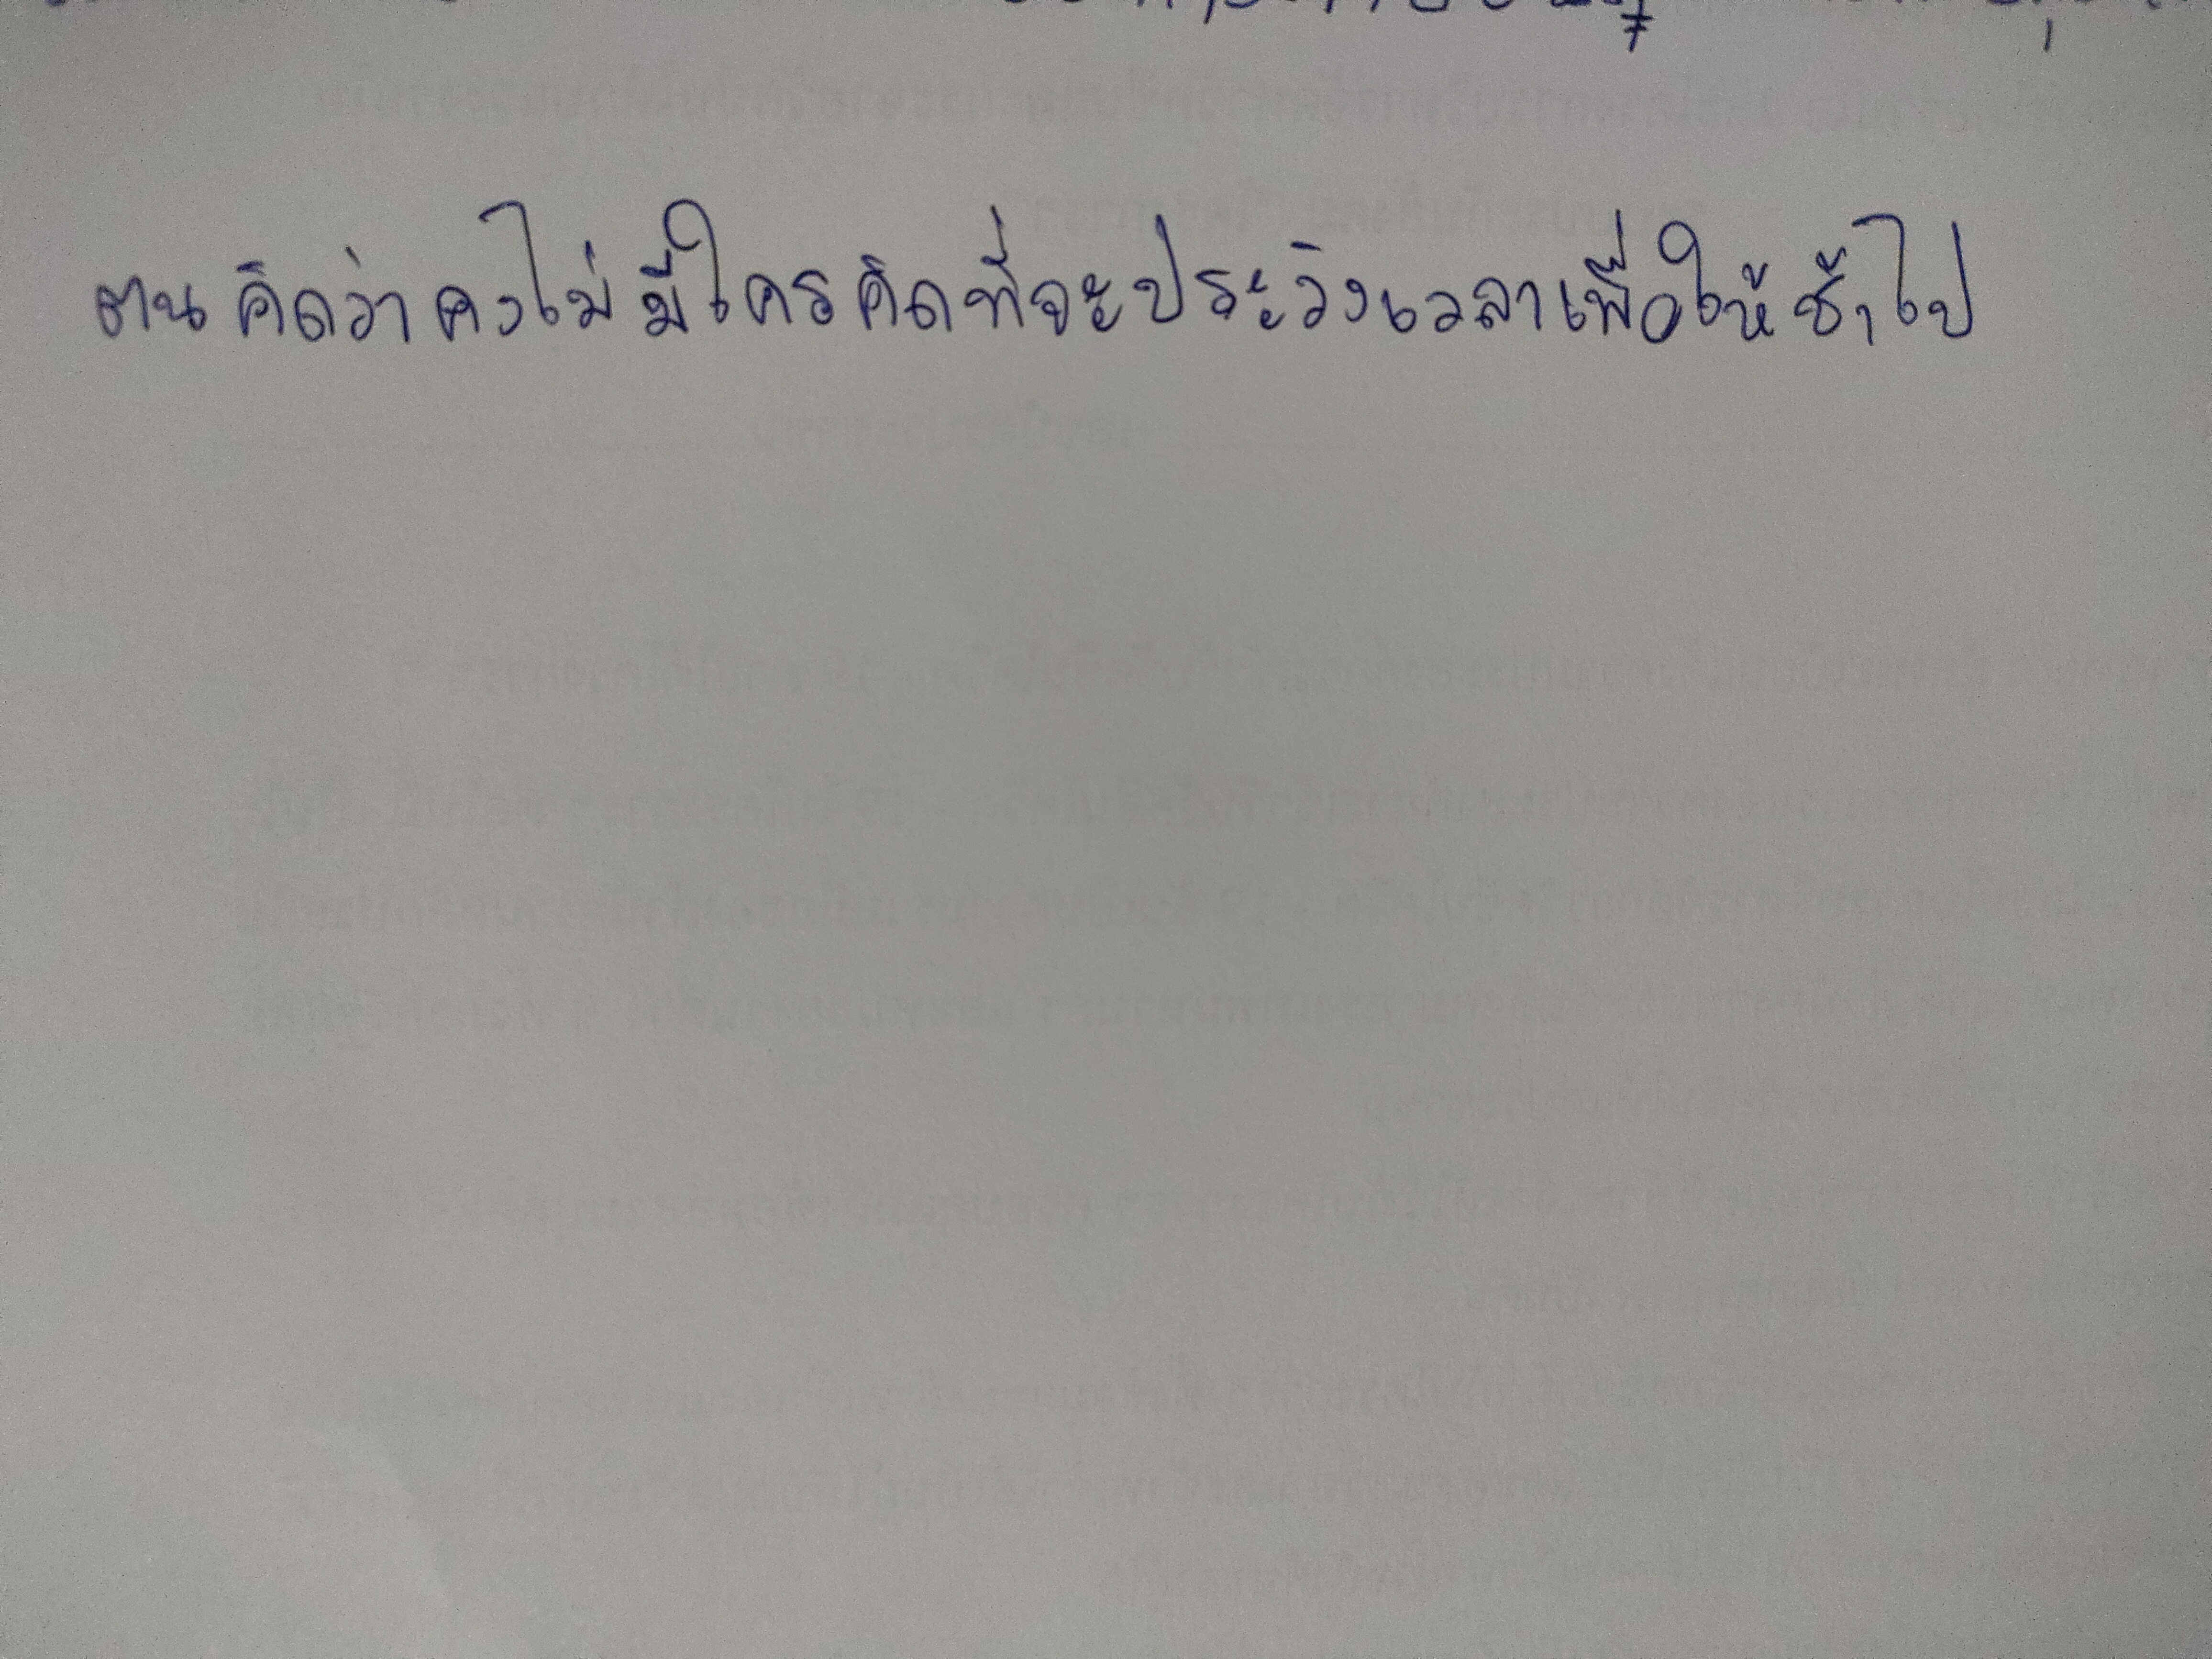
ตนคิดว่าคงไม่มีใครคิดที่จะประวิงเวลาเพื่อให้ช้าไป